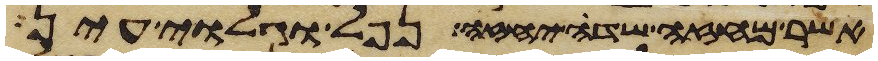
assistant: אשר מחזה שדה יחזה נפל וגלוי עין